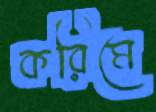
করিমে